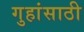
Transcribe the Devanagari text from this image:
गुहांसाठी